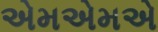
એમએમએ